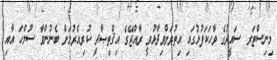
މިނިސްޓަރ ސައީދުގެ ވާހަކަފުޅުގައި އިތުރަށްވިދާޅުވީ ރާއްޖޭގެ އިޤްތިޞާދީ ކުރިއެރުމަށް ބެނުންވާ ސުލްހަ އާއި